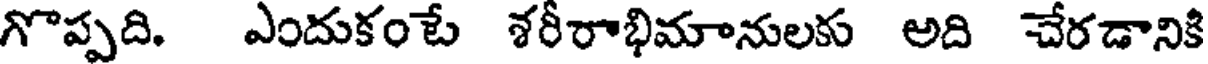
గొప్పది. ఎందుకంటే శరీరాభిమానులకు అది చేరడానికి